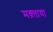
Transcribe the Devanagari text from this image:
मक़्ताया